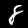
Digit: 8